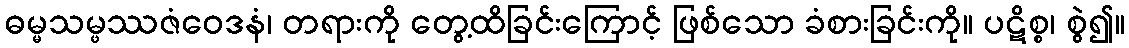
ဓမ္မသမ္ဖဿဇံဝေဒနံ၊ တရားကို တွေ့ထိခြင်းကြောင့် ဖြစ်သော ခံစားခြင်းကို။ ပဋိစ္စ၊ စွဲ၍။